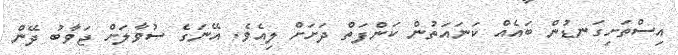
އިސްތަށިގަނޑުން ބައެއް ކަނައަތުން ކަންފަތް ދަށަށް ލިއެވެ. އޭނަގެ ސުވާލަށް ޖަވާބު ދޭން